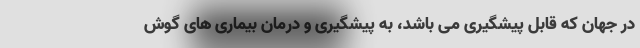
در جهان که قابل پیشگیری می باشد، به پیشگیری و درمان بیماری های گوش